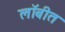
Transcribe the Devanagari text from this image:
लॉबीत